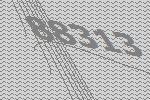
88313